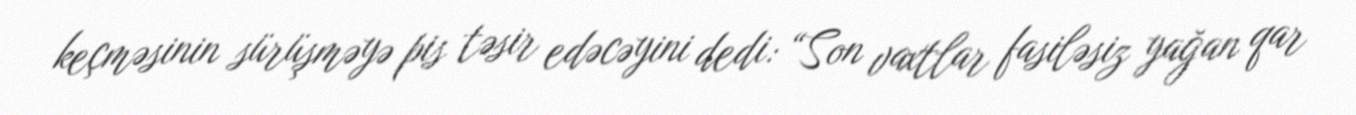
keçməsinin sürüşməyə pis təsir edəcəyini dedi: “Son vaxtlar fasiləsiz yağan qar